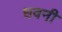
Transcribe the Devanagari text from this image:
धवनी